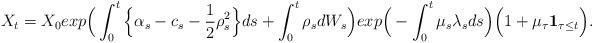
LaTeX: \begin{align*} X_t=X_0 exp\Big(\int_{0}^t \Big\{\alpha _s-c_s-\frac{1}{2}\rho^2_s\Big\}ds+\int_{0}^t\rho_sdW_s\Big)exp\Big(-\int_{0}^t \mu_s \lambda_s ds \Big) \Big(1+\mu_\tau\mathbf{1}_{\tau\leq t}\Big).\end{align*}